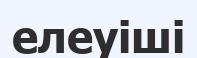
елеуіші